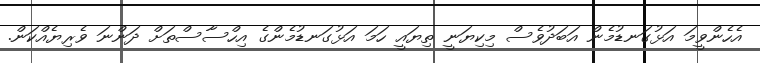
އެހެންވީމަ އަޅުގަނޑުމެން އަބަދުވެސް މިކިޔަނީ ތިޔައީ ހަމަ އަޅުގަނޑުމެންގެ އިހްސާސްތަށް ދަންނަ ވެރިޔެއްކަން.